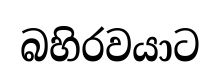
බහිරවයාට